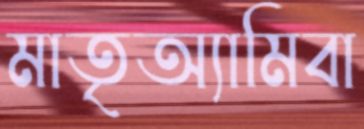
মাতৃঅ্যামিবা